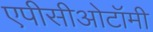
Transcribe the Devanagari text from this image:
एपीसीओटॉमी